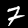
Digit: 7